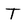
Character: T